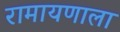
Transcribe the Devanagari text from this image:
रामायणाला